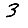
Digit: 3